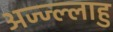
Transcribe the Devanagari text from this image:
अज्ज्ल्लाहु